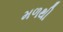
મળથી